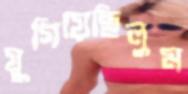
যুগিয়েছিলুম